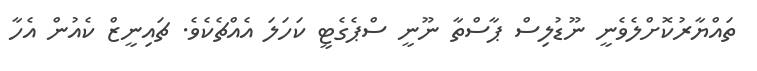
ތައްޔާރުކޮށްލެވެނީ ނޫޑުލިސް ޕާސްތާ ނޫނީ ސްޕެގެޓީ ކަހަލަ އެއްޗެކެވެ. ޗައިނީޒް ކެއުން އެހާ